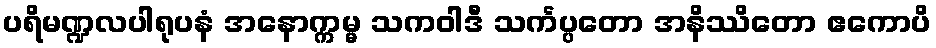
ပရိမဏ္ဍလပါရုပနံ အနောက္ကမ္မ သကဝါဒီ သင်္ကပ္ပတော အနိဿိတော ဧကောပိ